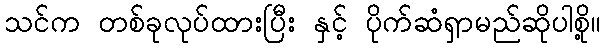
သင်က တစ်ခုလုပ်ထားပြီး နှင့် ပိုက်ဆံရှာမည်ဆိုပါစို့။